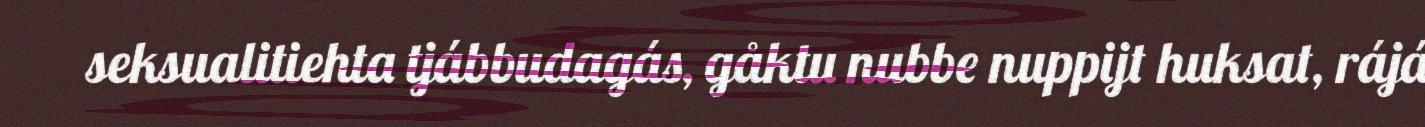
seksualitiehta tjábbudagás, gåktu nubbe nuppijt huksat, rájá